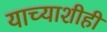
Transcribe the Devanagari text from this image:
याच्याशीही